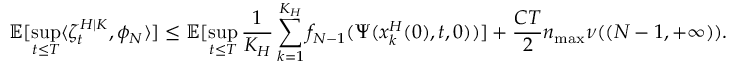
\mathbb { E } [ \operatorname* { s u p } _ { t \leq T } \langle \zeta _ { t } ^ { H | K } , \phi _ { N } \rangle ] \leq \mathbb { E } [ \operatorname* { s u p } _ { t \leq T } \frac { 1 } { K _ { H } } \sum _ { k = 1 } ^ { K _ { H } } f _ { N - 1 } ( \Psi ( x _ { k } ^ { H } ( 0 ) , t , 0 ) ) ] + \frac { C T } { 2 } n _ { \operatorname* { m a x } } \nu ( ( N - 1 , + \infty ) ) .